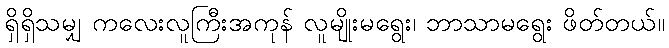
ရှိရှိသမျှ ကလေးလူကြီးအကုန် လူမျိုးမရွေး၊ ဘာသာမရွေး ဖိတ်တယ်။